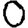
Digit: 0